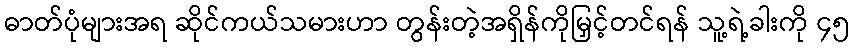
ဓာတ်ပုံများအရ ဆိုင်ကယ်သမားဟာ တွန်းတဲ့အရှိန်ကိုမြှင့်တင်ရန် သူ့ရဲ့ခါးကို ၄၅